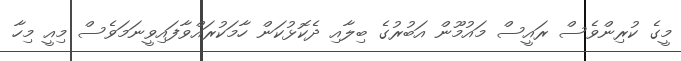
މީގެ ކުރިންވެސް ރައީސް މައުމޫން އަބުރުގެ ބިލާއި ދެކޮޅުކަން ހާމަކުރައްވާފައިވީނަމަވެސް މިއީ މިހާ